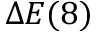
\Delta E ( 8 )